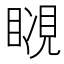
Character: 𧡆